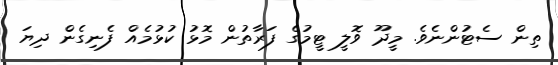
ތިން ސެޓުންނެވެ. މީދޫ ވޮލީ ޓީމުގެ ފަރާތުން މޮޅު ކުޅުމެއް ފެނިގެން ދިޔަ